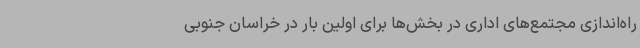
راه‌اندازی مجتمع‌های اداری در بخش‌ها برای اولین بار در خراسان جنوبی